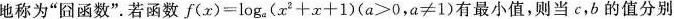
地称为“囧函数”.若函数$$f ( x ) = l o g _ { a